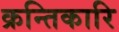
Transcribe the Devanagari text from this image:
क्रन्तिकारि